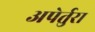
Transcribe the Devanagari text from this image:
अपेर्तुरा